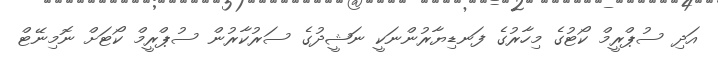
އަދި ސުޕްރީމް ކޯޓުގެ މިހާރުގެ ފަނޑިޔާރުންނަކީ ނަޝީދުގެ ސަރުކާރުން ސުޕްރީމް ކޯޓަށް ނޮމިނޭޓް